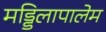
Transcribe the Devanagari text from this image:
मड्डिलापालेम